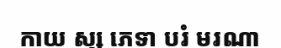
កាយ ស្ស ភេទា បរំ មរណា